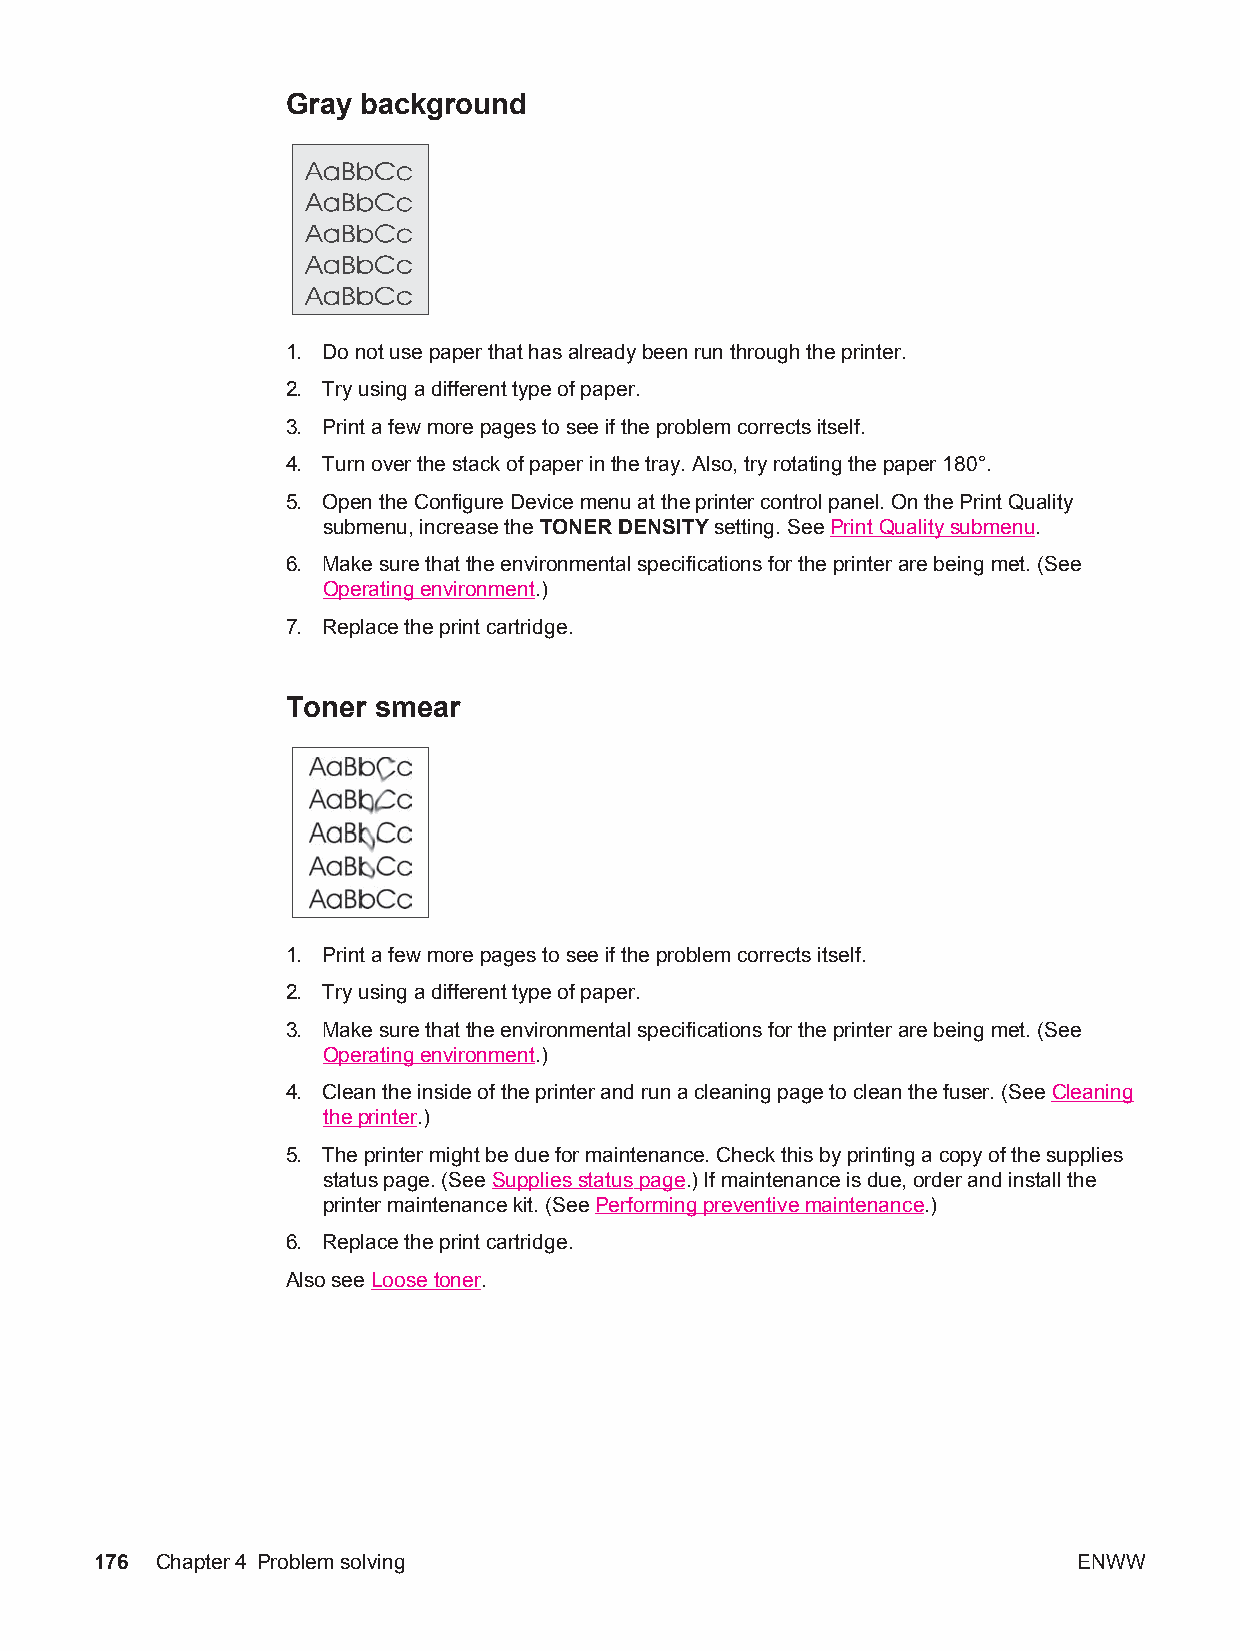
Gray background
 1. Do not use paper that has already been run through the printer.
 2. Try using a different type of paper.
 3. Print a few more pages to see if the problem corrects itself.
 4. Turn over the stack of paper in the tray. Also, try rotating the paper 180°.
 5. Open the Configure Device menu at the printer control panel. On the Print Quality
 submenu, increase the TONER DENSITY setting. See Print Quality submenu.
 6. Make sure that the environmental specifications for the printer are being met. (See
 Operating environment.)
 7. Replace the print cartridge.
 Toner smear
 1. Print a few more pages to see if the problem corrects itself.
 2. Try using a different type of paper.
 3. Make sure that the environmental specifications for the printer are being met. (See
 Operating environment.)
 4. Clean the inside of the printer and run a cleaning page to clean the fuser. (See Cleaning
 the printer.)
 5. The printer might be due for maintenance. Check this by printing a copy of the supplies
 status page. (See Supplies status page.) If maintenance is due, order and install the
 printer maintenance kit. (See Performing preventive maintenance.)
 6. Replace the print cartridge.
 Also see Loose toner.
 176 Chapter4 Problem solving                                     ENWW